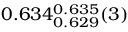
0 . 6 3 4 _ { 0 . 6 2 9 } ^ { 0 . 6 3 5 } ( 3 )